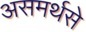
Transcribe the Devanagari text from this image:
असमर्थसे